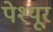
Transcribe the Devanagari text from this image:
पेश्यूर